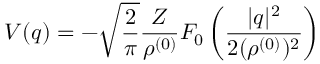
{ \cal V } ( \boldsymbol { q } ) = - \sqrt { \frac { 2 } { \pi } } \frac { Z } { \rho ^ { ( 0 ) } } F _ { 0 } \left( \frac { | \boldsymbol { q } | ^ { 2 } } { 2 ( \rho ^ { ( 0 ) } ) ^ { 2 } } \right)